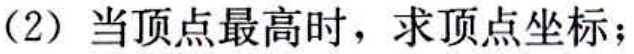
(2) 当顶点最高时，求顶点坐标；